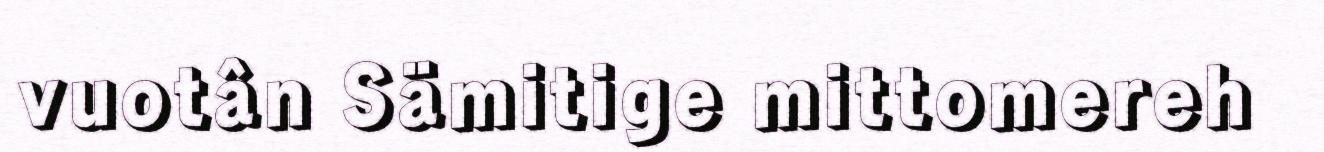
vuotân Sämitige mittomereh